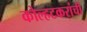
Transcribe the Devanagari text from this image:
कोल्हटकरांची